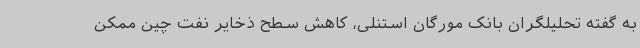
به گفته تحلیلگران بانک مورگان استنلی، کاهش سطح ذخایر نفت چین ممکن